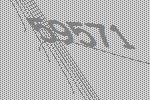
59571